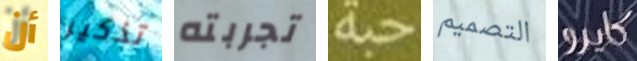
أن تذكير تجربته حبة التصميم كايرو